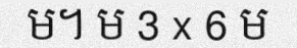
ម។ ម 3 x 6 ម